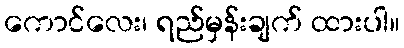
ကောင်လေး၊ ရည်မှန်းချက် ထားပါ။